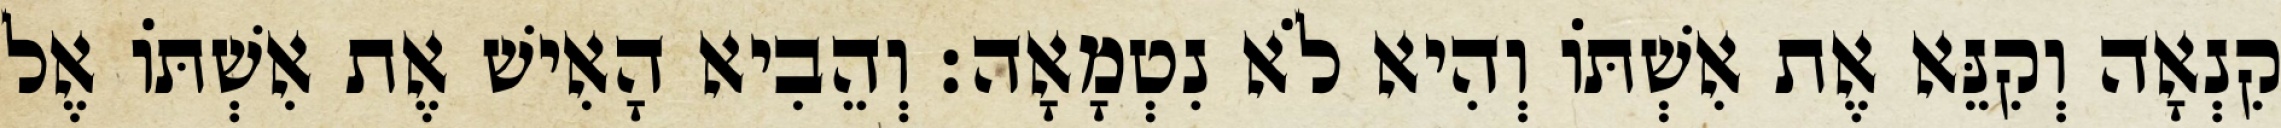
קִנְאָה וְקִנֵּא אֶת אִשְׁתּוֹ וְהִיא לֹא נִטְמָאָה׃ וְהֵבִיא הָאִישׁ אֶת אִשְׁתּוֹ אֶל